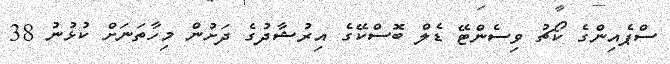
ސްޕެއިންގެ ކޯޗު ވިސެންޓޭ ޑެލް ބޮސްކޭގެ އިރުޝާދުގެ ދަށުން މިހާތަނަށް ކުޅުނު 38